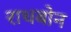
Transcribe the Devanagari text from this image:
राथबोन